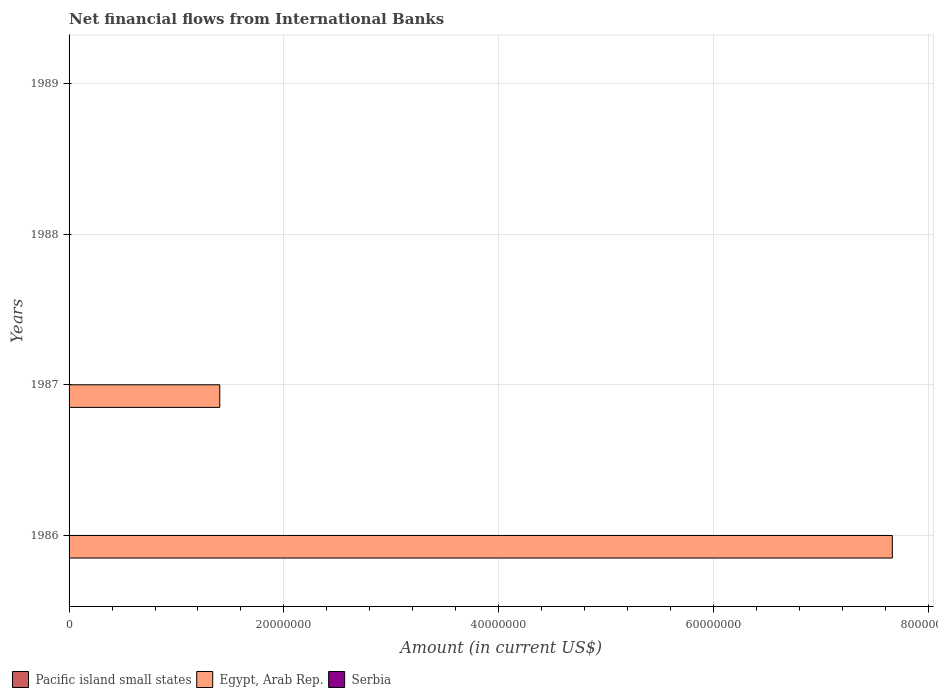
| Years | Pacific island small states | Egypt, Arab Rep. | Serbia |
 | --- | --- | --- | --- |
 | 1986 | -5.64e+06 | 7.66e+07 | -1.41e+07 |
 | 1987 | -6.4e+06 | 1.4e+07 | -1.27e+08 |
 | 1988 | -1.47e+06 | -2.77e+07 | -3.12e+08 |
 | 1989 | -3.64e+06 | -3.36e+07 | -2.44e+08 |